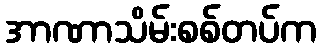
အာဏာသိမ်းစစ်တပ်က